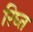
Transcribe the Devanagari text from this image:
रिघ्त